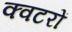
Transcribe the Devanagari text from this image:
क्वटरों